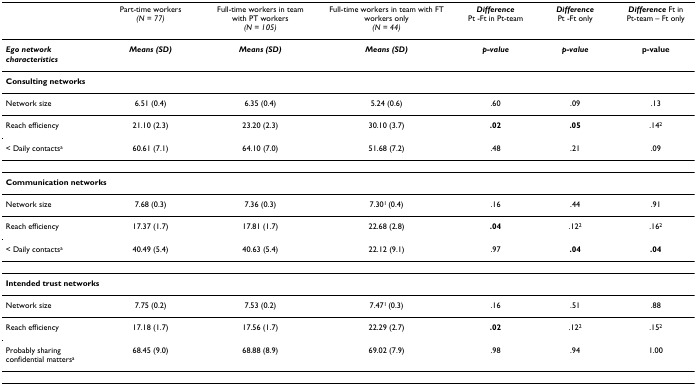
|  | Part-time workers (N = 77) | Full-time workers in team with PT workers (N = 105) | Full-time workers in team with FT workers only (N = 44) | Difference Pt -Ft in Pt-team | Difference Pt -Ft only | Difference Ft in Pt-team – Ft only |
 | --- | --- | --- | --- | --- | --- | --- |
 | Ego network characteristics | Means (SD) | Means (SD) | Means (SD) | p-value | p-value | p-value |
 | <COLSPAN=7> Consulting networks |
 | Network size | 6.51 (0.4) | 6.35 (0.4) | 5.24 (0.6) | .60 | .09 | .13 |
 | Reach efficiency | 21.10 (2.3) | 23.20 (2.3) | 30.10 (3.7) | .02 | .05 | .142 |
 | < Daily contactsa | 60.61 (7.1) | 64.10 (7.0) | 51.68 (7.2) | .48 | .21 | .09 |
 | <COLSPAN=7> Communication networks |
 | Network size | 7.68 (0.3) | 7.36 (0.3) | 7.301 (0.4) | .16 | .44 | .91 |
 | Reach efficiency | 17.37 (1.7) | 17.81 (1.7) | 22.68 (2.8) | .04 | .122 | .162 |
 | < Daily contactsa | 40.49 (5.4) | 40.63 (5.4) | 22.12 (9.1) | .97 | .04 | .04 |
 | <COLSPAN=7> Intended trust networks |
 | Network size | 7.75 (0.2) | 7.53 (0.2) | 7.471 (0.3) | .16 | .51 | .88 |
 | Reach efficiency | 17.18 (1.7) | 17.56 (1.7) | 22.29 (2.7) | .02 | .122 | .152 |
 | Probably sharing confidential mattersa | 68.45 (9.0) | 68.88 (8.9) | 69.02 (7.9) | .98 | .94 | 1.00 |